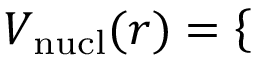
V _ { \mathrm { n u c l } } ( r ) = \left\lbrace \begin{array} { r l r } \end{array} \right.